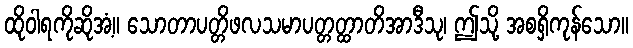
ထိုဝါရကိုဆိုအံ့။ သောတာပတ္တိဖလသမာပတ္တတ္ထာတိအာဒီသု၊ ဤသို့ အစရှိကုန်သော။